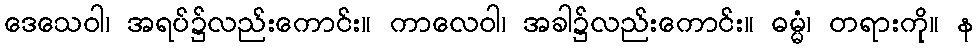
ဒေသေဝါ၊ အရပ်၌လည်းကောင်း။ ကာလေဝါ၊ အခါ၌လည်းကောင်း။ ဓမ္မံ၊ တရားကို။ န